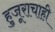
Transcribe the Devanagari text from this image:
हुजूराचाही